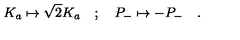
K _ { a } \mapsto \sqrt { 2 } K _ { a } \quad ; \quad P _ { - } \mapsto - P _ { - } \quad .